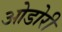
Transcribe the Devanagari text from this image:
ओडोरी